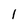
Character: 1